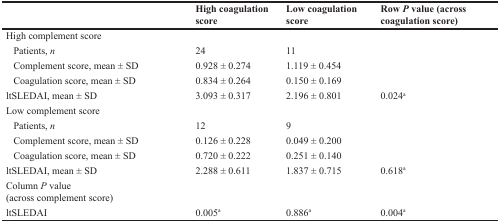
|  | High coagulation score | Low coagulation score | Row P value (across coagulation score) |
 | --- | --- | --- | --- |
 | High complement score |  |  |  |
 | Patients, n | 24 | 11 |  |
 | Complement score, mean ± SD | 0.928 ± 0.274 | 1.119 ± 0.454 |  |
 | Coagulation score, mean ± SD | 0.834 ± 0.264 | 0.150 ± 0.169 |  |
 | ltSLEDAI, mean ± SD | 3.093 ± 0.317 | 2.196 ± 0.801 | 0.024a |
 | Low complement score |  |  |  |
 | Patients, n | 12 | 9 |  |
 | Complement score, mean ± SD | 0.126 ± 0.228 | 0.049 ± 0.200 |  |
 | Coagulation score, mean ± SD | 0.720 ± 0.222 | 0.251 ± 0.140 |  |
 | ltSLEDAI, mean ± SD | 2.288 ± 0.611 | 1.837 ± 0.715 | 0.618a |
 | Column P value(across complement score) |  |  |  |
 | ltSLEDAI | 0.005a | 0.886a | 0.004a |